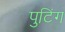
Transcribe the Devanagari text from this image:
पुटिंग